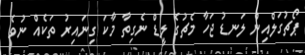
ޕޯޗުގަލްއިން ލަނޑު ޖަހާ މެޗުގެ ލީޑް ނެގިތާ މާކަ ގިނައިރު ތަކެއް ނުވެ